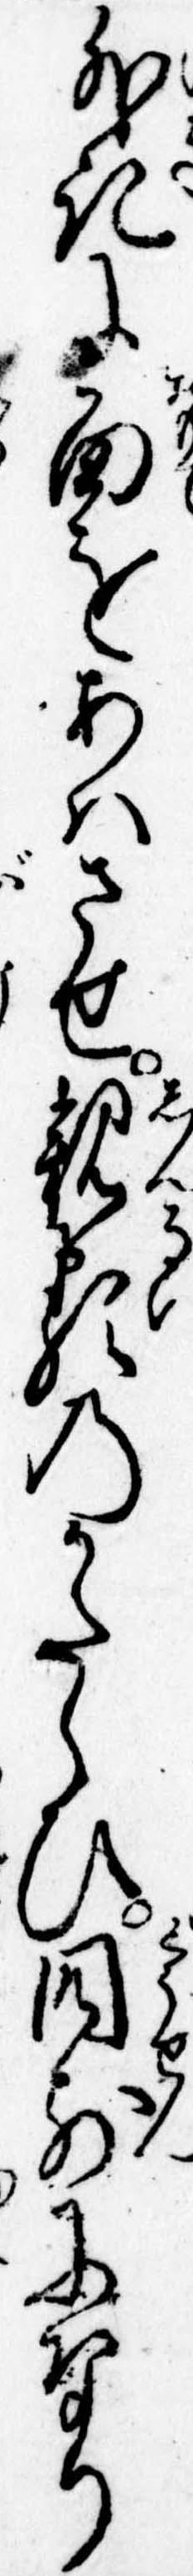
外記に面をあはさせ親類のかたらひ同前になり